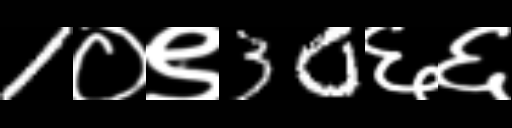
Text: 1०९30६६